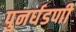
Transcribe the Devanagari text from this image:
पुनर्घडणी